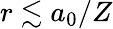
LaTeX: r\lesssim a_{0}/Z